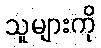
သူများကို